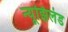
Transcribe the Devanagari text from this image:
न्यूझिलंड